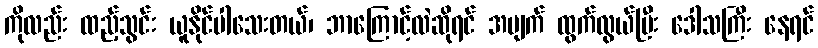
ကိုလည်း ထည့်သွင်း ယူနိုင်ပါသေးတယ်၊ ဘာကြောင့်လဲဆိုရင် အမျက် ထွက်လွယ်ပြီး ဒေါသကြီး နေရင်